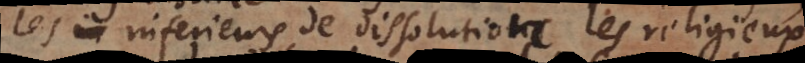
les inferieurs de dissolution, les religieux